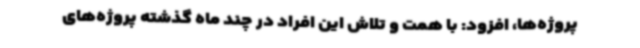
پروژه‌ها، افزود: با همت و تلاش این افراد در چند ماه گذشته پروژه‌های